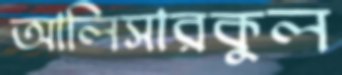
আলিসারকুল